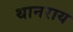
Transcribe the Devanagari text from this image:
थानराय